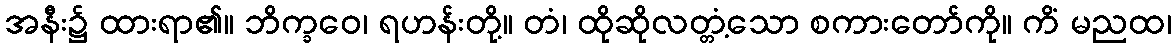
အနီး၌ ထားရာ၏။ ဘိက္ခဝေ၊ ရဟန်းတို့။ တံ၊ ထိုဆိုလတ္တံ့သော စကားတော်ကို။ ကိံ မညထ၊